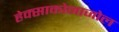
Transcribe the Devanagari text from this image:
हेक्‍साकोनाजोल